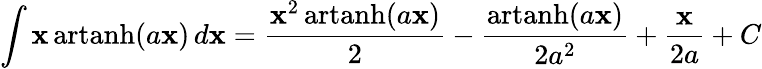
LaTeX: \int\mathbf{x}\operatorname{artanh}(a\mathbf{x})\, d\mathbf{x}={\frac{{\mathbf{x}^{2}\operatorname{artanh}(a\mathbf{x})}}{{2}}}-{\frac{{\operatorname{artanh}(a\mathbf{x})}}{{2a^{2}}}}+{\frac{{\mathbf{x}}}{{2a}}}+C